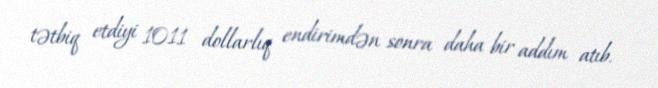
tətbiq etdiyi 1011 dollarlıq endirimdən sonra daha bir addım atıb.